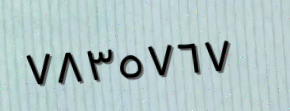
٧٨٣٥٧٦٧